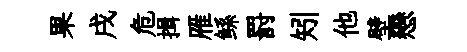
果戌危揖雁鲧罸矧他壁戀